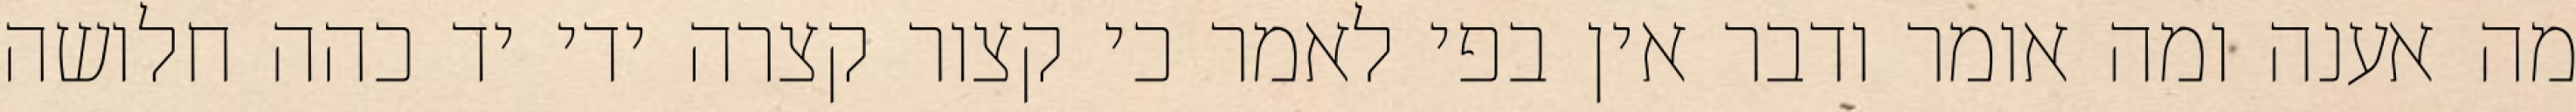
מה אענה ומה אומר ודבר אין בפי לאמר כי קצור קצרה ידי יד כהה חלושה